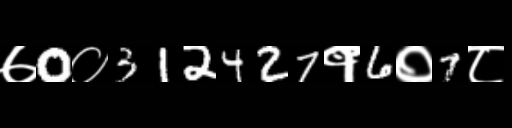
Text: ७0०312427१6०7८